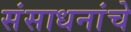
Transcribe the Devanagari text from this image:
संसाधनांचे